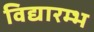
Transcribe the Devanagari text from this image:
विद्यारम्भ